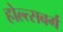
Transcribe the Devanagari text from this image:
होल्त्सबर्ग